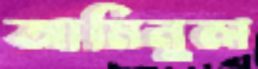
আমিনুল